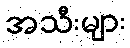
အသီးများ